Annual vaccination report of Bihar and Orissa - 1911-1928
Year: 1911
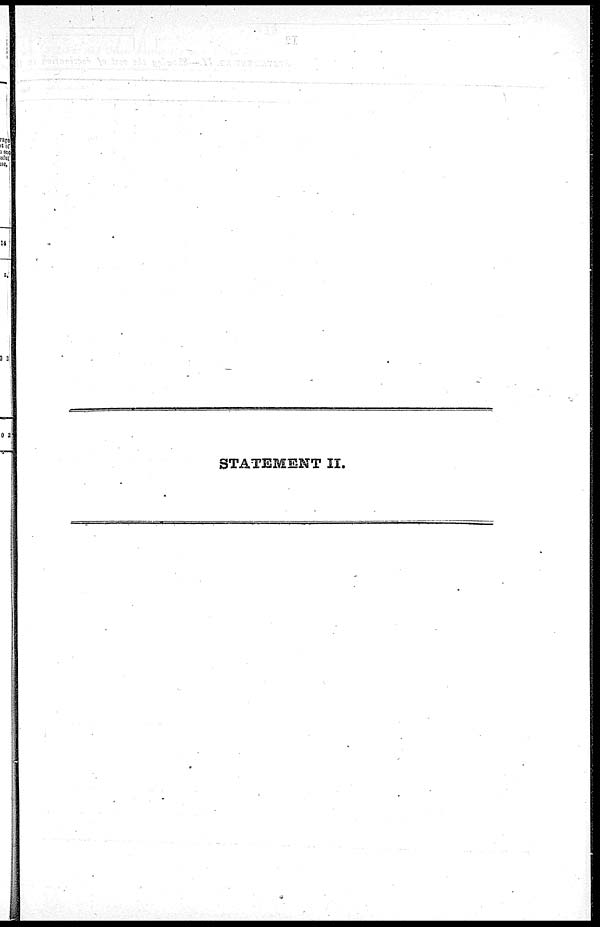
STATEMENT II.